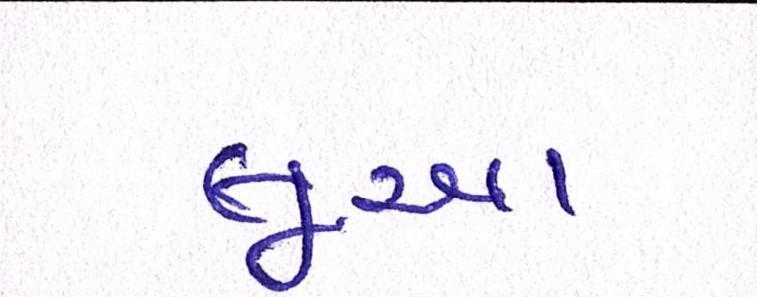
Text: લૂઆ